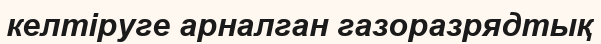
келтіруге арналган газоразрядтық